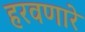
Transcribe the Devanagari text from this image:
हरवणारे